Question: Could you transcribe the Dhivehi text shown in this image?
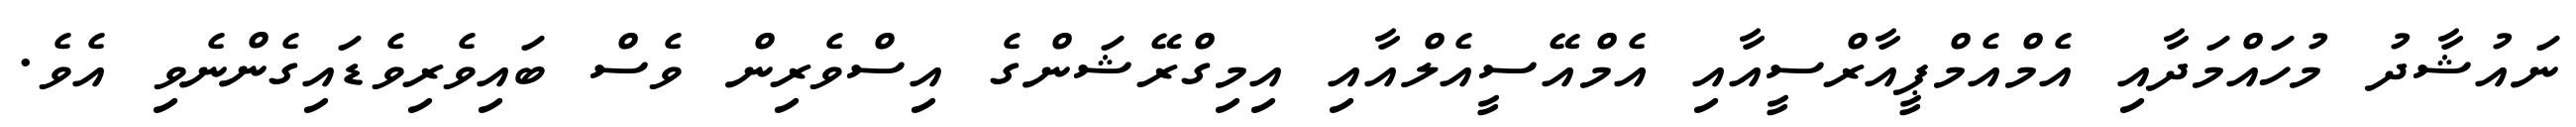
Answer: ނައުޝާދު މުހައްމަދާއި އެމްއެމްޕީއާރްސީއާއި އެމްއޭސީއެލްއާއި އިމިގްރޭޝަންގެ އިސްވެރިން ވެސް ބައިވެރިވެޑައިގެންނެވި އެވެ.